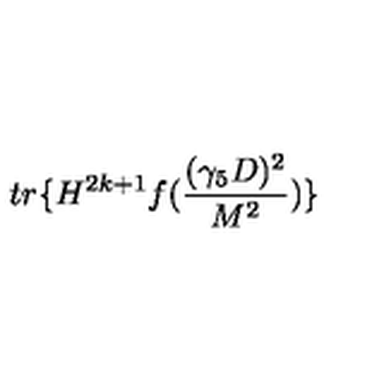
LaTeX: t r \{ H ^ { 2 k + 1 } f ( \frac { ( \gamma _ { 5 } D ) ^ { 2 } } { M ^ { 2 } } ) \}